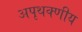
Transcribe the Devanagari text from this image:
अपृथक्णीय